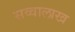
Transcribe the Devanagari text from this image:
सव्वालाख